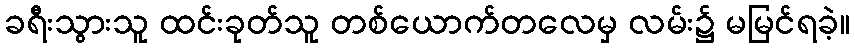
ခရီးသွားသူ ထင်းခုတ်သူ တစ်ယောက်တလေမှ လမ်း၌ မမြင်ရခဲ့။